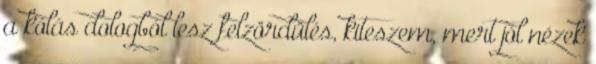
a kólás dologból lesz felzördülés, kiteszem, mert jól nézek